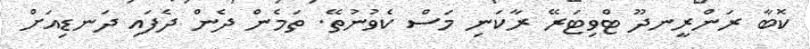
ކޮބާ ރަންރީނދޫ ޓްވިޓަރޭ ރާކަނި މަސް ކެވުނުތޭ. ތަމެން ދެން ދެފައި ދަނޑިއަށް